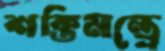
শক্তিমন্ত্রে